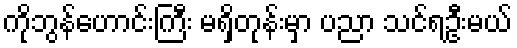
ကိုဘွန်ဟောင်းကြီး မရှိတုန်းမှာ ပညာ သင်ရဦးမယ်